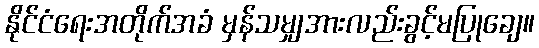
နိုင်ငံရေးအတိုက်အခံ မှန်သမျှအားလည်းခွင့်မပြုချေ။